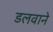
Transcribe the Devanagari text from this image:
डलवाने